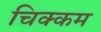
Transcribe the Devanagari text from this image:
चिक्कम